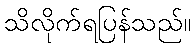
သိလိုက်ရပြန်သည်။